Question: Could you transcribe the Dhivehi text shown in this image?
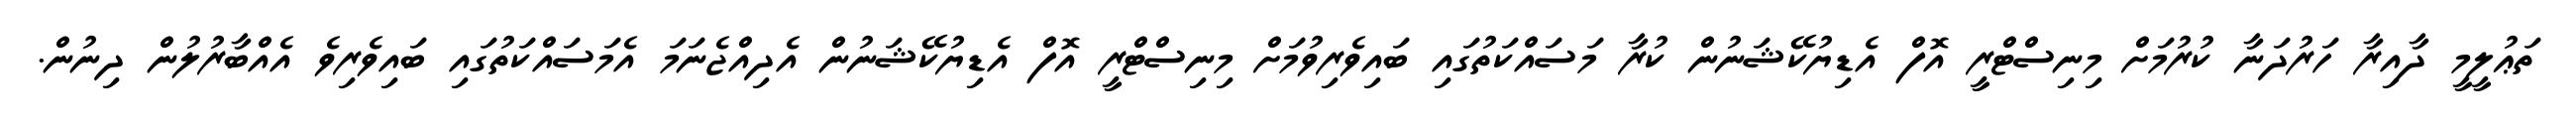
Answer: ތަޢުލީމީ ދާއިރާ ހަރުދަނާ ކުރުމަށް މިނިސްޓްރީ އޮފް އެޑިޔުކޭޝަނުން ކުރާ މަސައްކަތުގައި ބައިވެރިވުމަށް މިނިސްޓްރީ އޮފް އެޑިޔުކޭޝަނުން އެދިއްޖެނަމަ އެމަސައްކަތުގައި ބައިވެރިވެ އެއްބާރުލުން ދިނުން.